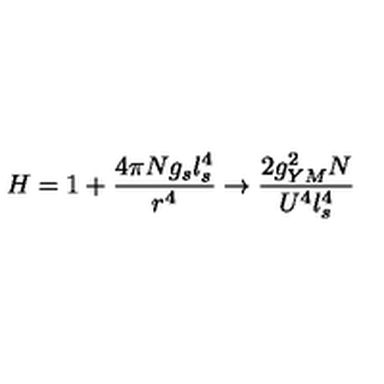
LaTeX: H = 1 + \frac { 4 \pi N g _ { s } l _ { s } ^ { 4 } } { r ^ { 4 } } \rightarrow \frac { 2 g _ { Y M } ^ { 2 } N } { U ^ { 4 } l _ { s } ^ { 4 } }